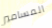
المسامير